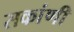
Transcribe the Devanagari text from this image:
सकांणी